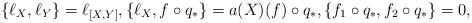
LaTeX: \begin{align*}\{\ell_X, \ell_Y\} = \ell_{[X,Y]}, \{\ell_X, f\circ q_*\} = a(X)(f)\circ q_*,\{f_1\circ q_*, f_2\circ q_*\} = 0, \end{align*}